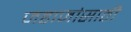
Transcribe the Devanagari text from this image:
जहाजांसाठी